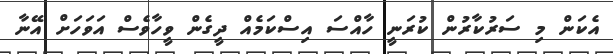
އެކަން މި ސަރުކާރުން ކުރަނީ ހާއްސަ އިސްކަމެއް ދީގެން ވީހާވެސް އަވަހަށް އޭނާ